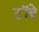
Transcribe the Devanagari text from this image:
टॉबे